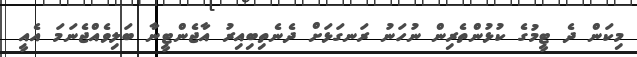
މިކަން ދެ ޓީމުގެ ކުޅުންތެރިން ނުހަނު ރަނގަޅަށް ދެނެތިބިއިރު އާޖެންޓީނާ ބަލިވެއްޖެނަމަ އެއީ